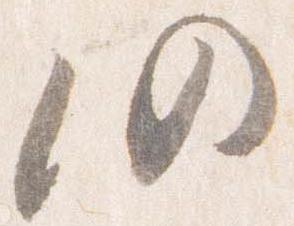
仍